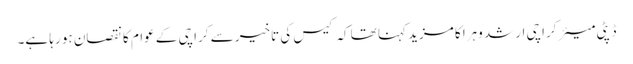
ڈپٹی میئر کراچی ارشد وہرا کا مزید کہنا تھا کہ کیس کی تاخیر سے کراچی کے عوام کا نقصان ہو رہا ہے۔